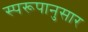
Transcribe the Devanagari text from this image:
स्परूपानुसार